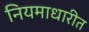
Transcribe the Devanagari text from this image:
नियमाधारीत